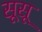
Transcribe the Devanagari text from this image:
सूसू